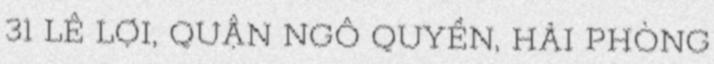
31 LÊ LỢI, QUẬN NGÔ QUYỀN, HẢI PHÒNG